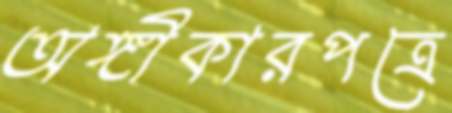
অঙ্গীকারপত্রে